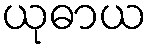
ယုဓာယ